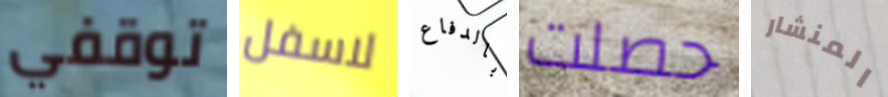
توقفي لاسفل بالدفاع حصلت المنشار